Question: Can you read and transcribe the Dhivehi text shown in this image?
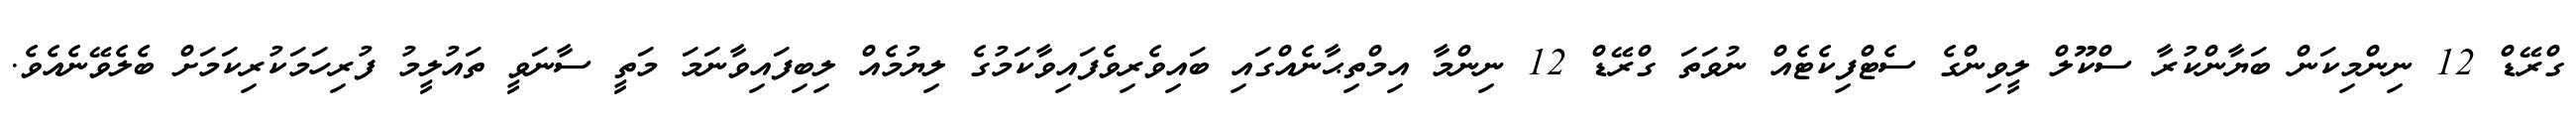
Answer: ގްރޭޑް 12 ނިންމިކަން ބަޔާންކުރާ ސްކޫލް ލީވިންގެ ސެޓްފިކެޓެއް ނުވަތަ ގްރޭޑް 12 ނިންމާ އިމްތިޙާނެއްގައި ބައިވެރިވެފައިވާކަމުގެ ލިޔުމެއް ލިބިފައިވާނަމަ މަތީ ސާނަވީ ތައުލީމު ފުރިހަމަކުރިކަމަށް ބެލެވޭނެއެވެ.